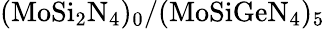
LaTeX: \mathrm{(MoSi_{2}N_{4})_{0}/(MoSiGeN_{4})_{5}}